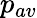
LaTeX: p_{av}